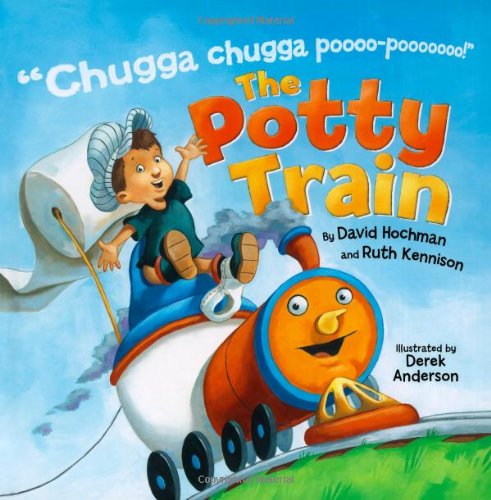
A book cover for The Potty Train; David Hochman; Children's Books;